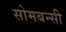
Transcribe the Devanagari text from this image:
सोमबन्सी